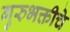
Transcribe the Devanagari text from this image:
गुरुभक्तीचे